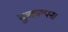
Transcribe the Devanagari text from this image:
कुकल्पना